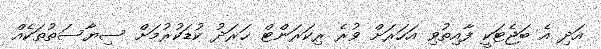
އަދި އެ ބަޖެޓަކީ ފާއިތުވި އަހަރަށް ވުރެ ރިކަރަންޓް ޚަރަދު ކުޑަކުރުމަށް ސިޔާސަތުތަކެއް